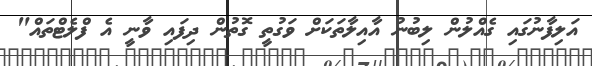
އަލިފާނުގައި ގެއްލުން ލިބުނު އާއިލާތަކަށް ވަގުތީ ގޮތުން ދިފައި ވާނީ އެ ފްލެޓްތައް"